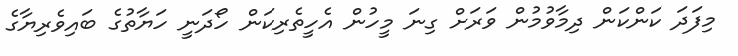
މިފަދަ ކަންކަން ދިމާވުމުން ވަރަށް ގިނަ މީހުން އެހީތެރިކަން ހޯދަނީ ހަޔާތުގެ ބައިވެރިޔާގެ